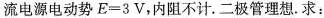
流电源电动势$$E=3V$$，内阻不计。二极管理想。求：